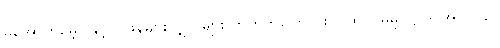
မအောက်မေ့ပါနှင့် ပြုဖန်များလျှင် များလာတတ်ကြောင်း ဂါထာ။ ဓမ္မ-ဋ္ဌ-ဒု-အုပ်-၁၃။